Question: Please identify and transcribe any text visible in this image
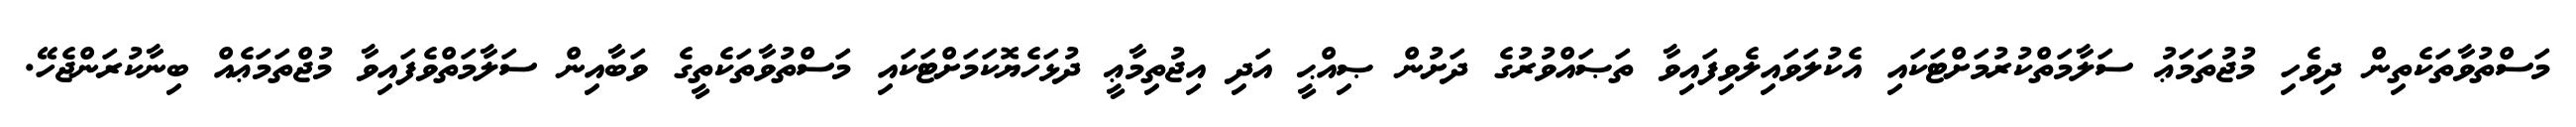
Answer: މަސްތުވާތަކެތިން ދިވެހި މުޖުތަމަޢު ސަލާމަތްކުރުމަށްޓަކައި އެކުލަވައިލެވިފައިވާ ތަޞައްވުރުގެ ދަށުން ޞިއްޙީ އަދި އިޖުތިމާޢީ ދުޅަހެޔޮކަމަށްޓަކައި މަސްތުވާތަކެތީގެ ވަބާއިން ސަލާމަތްވެފައިވާ މުޖްތަމަޢެއް ބިނާކުރަންޖެހޭ.